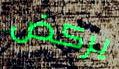
يركض